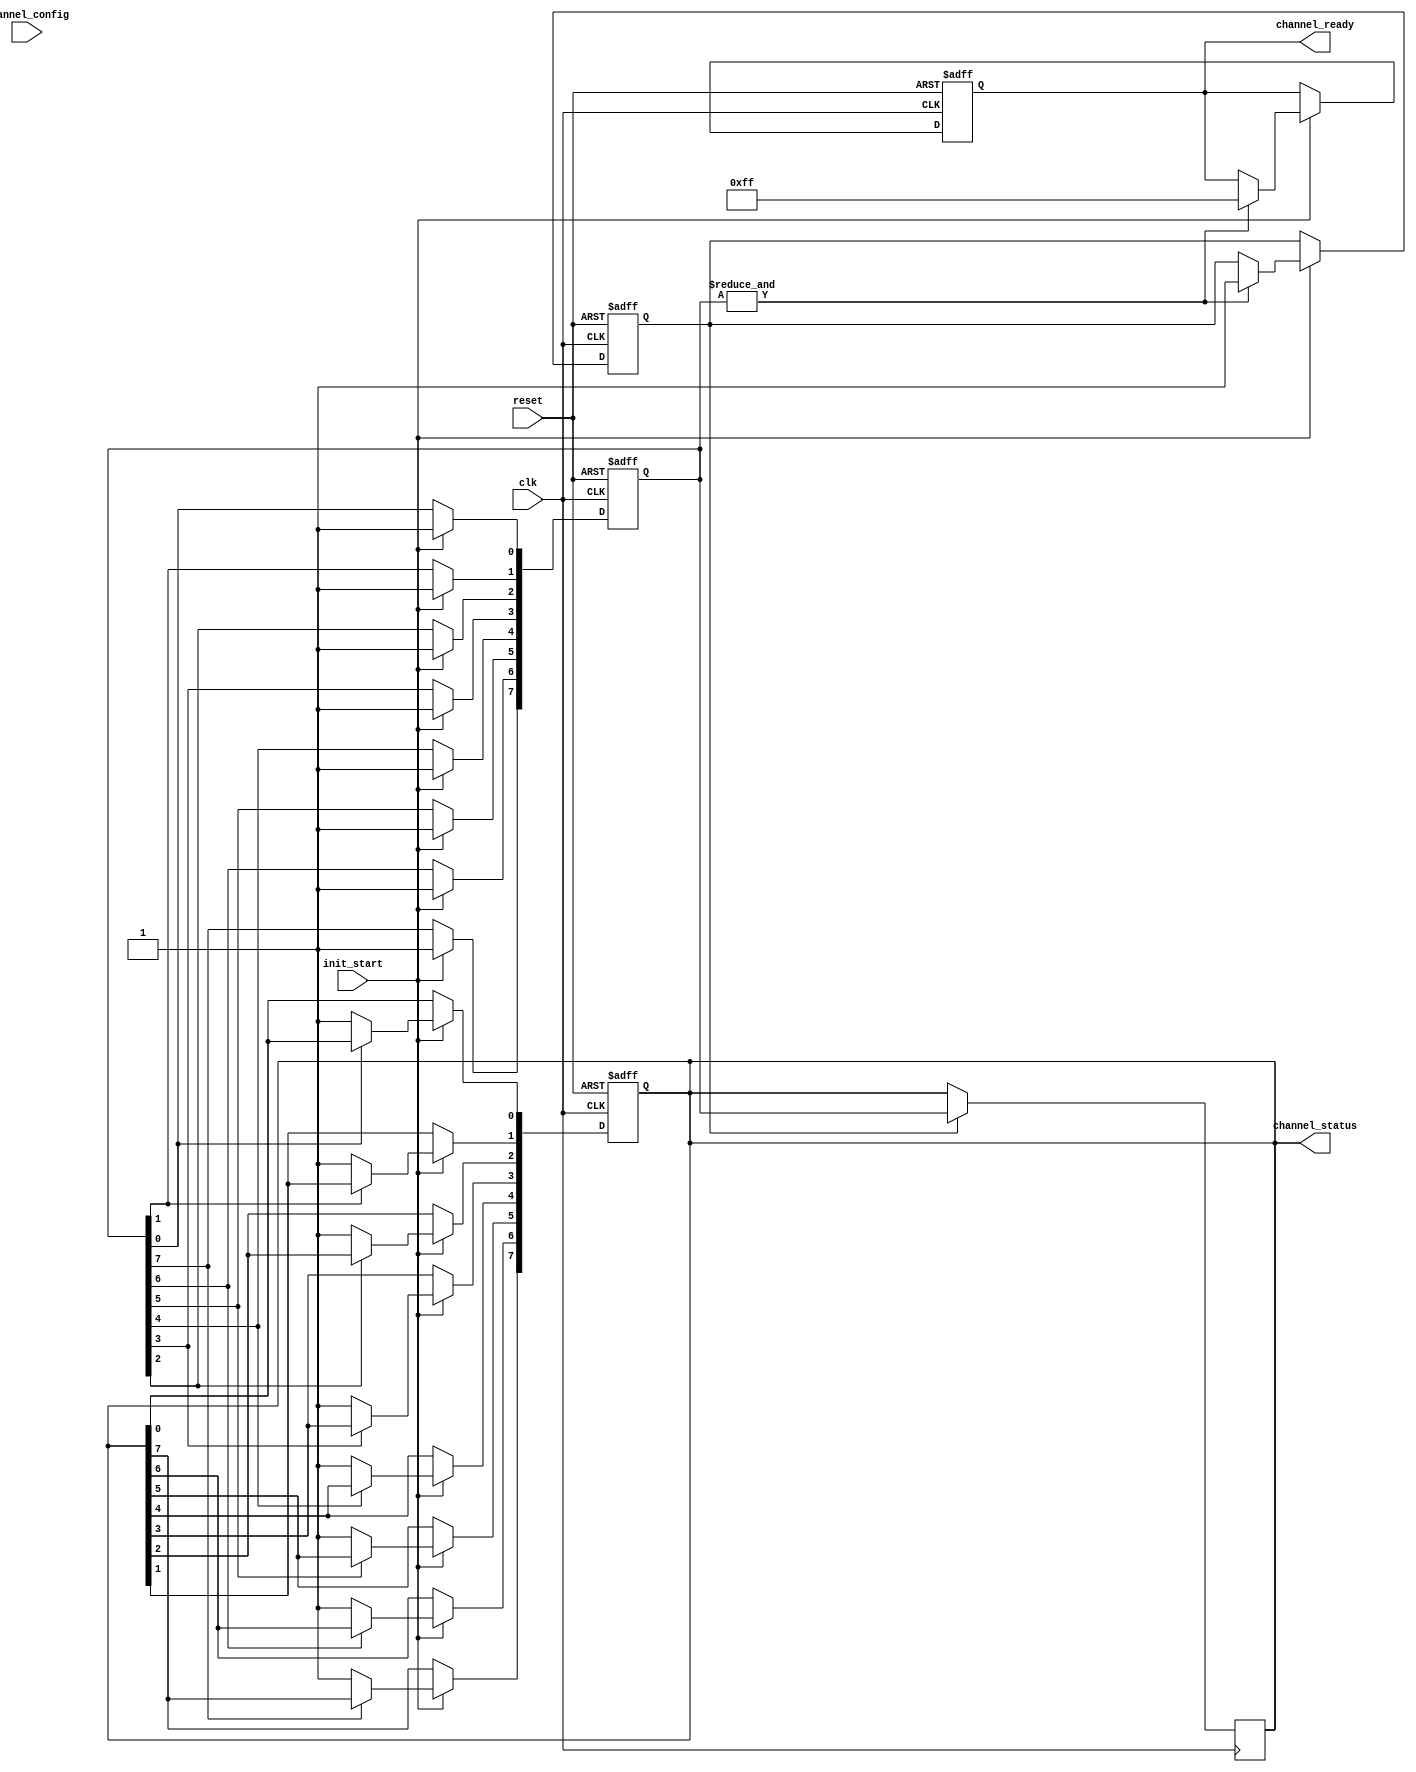
module MultiChannelInit #(
    parameter NUM_CHANNELS = 8 // Define the number of channels
)(
    input wire clk,
    input wire reset,
    input wire init_start,
    input wire [NUM_CHANNELS*8-1:0] channel_config, // Assuming 8 bits per channel configuration
    output reg [NUM_CHANNELS-1:0] channel_ready,
    output reg [NUM_CHANNELS-1:0] channel_status
);

    // Internal signals
    reg [NUM_CHANNELS-1:0] current_state; // Current state of each channel
    reg init_done; // Flag to indicate initialization completion
    reg [NUM_CHANNELS*8-1:0] channel_data; // Temporary storage for channel configuration
    integer i;

    // State definitions
    localparam UNINITIALIZED = 1'b0;
    localparam INITIALIZED = 1'b1;

    // Initialization process
    always @(posedge clk or posedge reset) begin
        if (reset) begin
            // Reset all channels to uninitialized state
            channel_ready <= {NUM_CHANNELS{1'b0}};
            channel_status <= {NUM_CHANNELS{1'b0}};
            current_state <= {NUM_CHANNELS{UNINITIALIZED}};
            init_done <= 1'b0;
        end else if (init_start) begin
            // Start initialization process
            for (i = 0; i < NUM_CHANNELS; i = i + 1) begin
                if (current_state[i] == UNINITIALIZED) begin
                    // Load configuration for the channel
                    channel_data[(i*8)+:8] <= channel_config[(i*8)+:8];
                    current_state[i] <= INITIALIZED; // Update state to initialized
                    channel_status[i] <= 1'b1; // Update status to initialized
                end
            end
            // Check if all channels are initialized
            if (&current_state) begin
                init_done <= 1'b1;
                channel_ready <= {NUM_CHANNELS{1'b1}}; // All channels are ready
            end
        end
    end

    // Continuous status update
    always @(posedge clk) begin
        if (init_done) begin
            // After initialization is done, maintain the status
            channel_status <= current_state;
        end
    end

endmodule